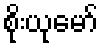
စိုးယုမော်